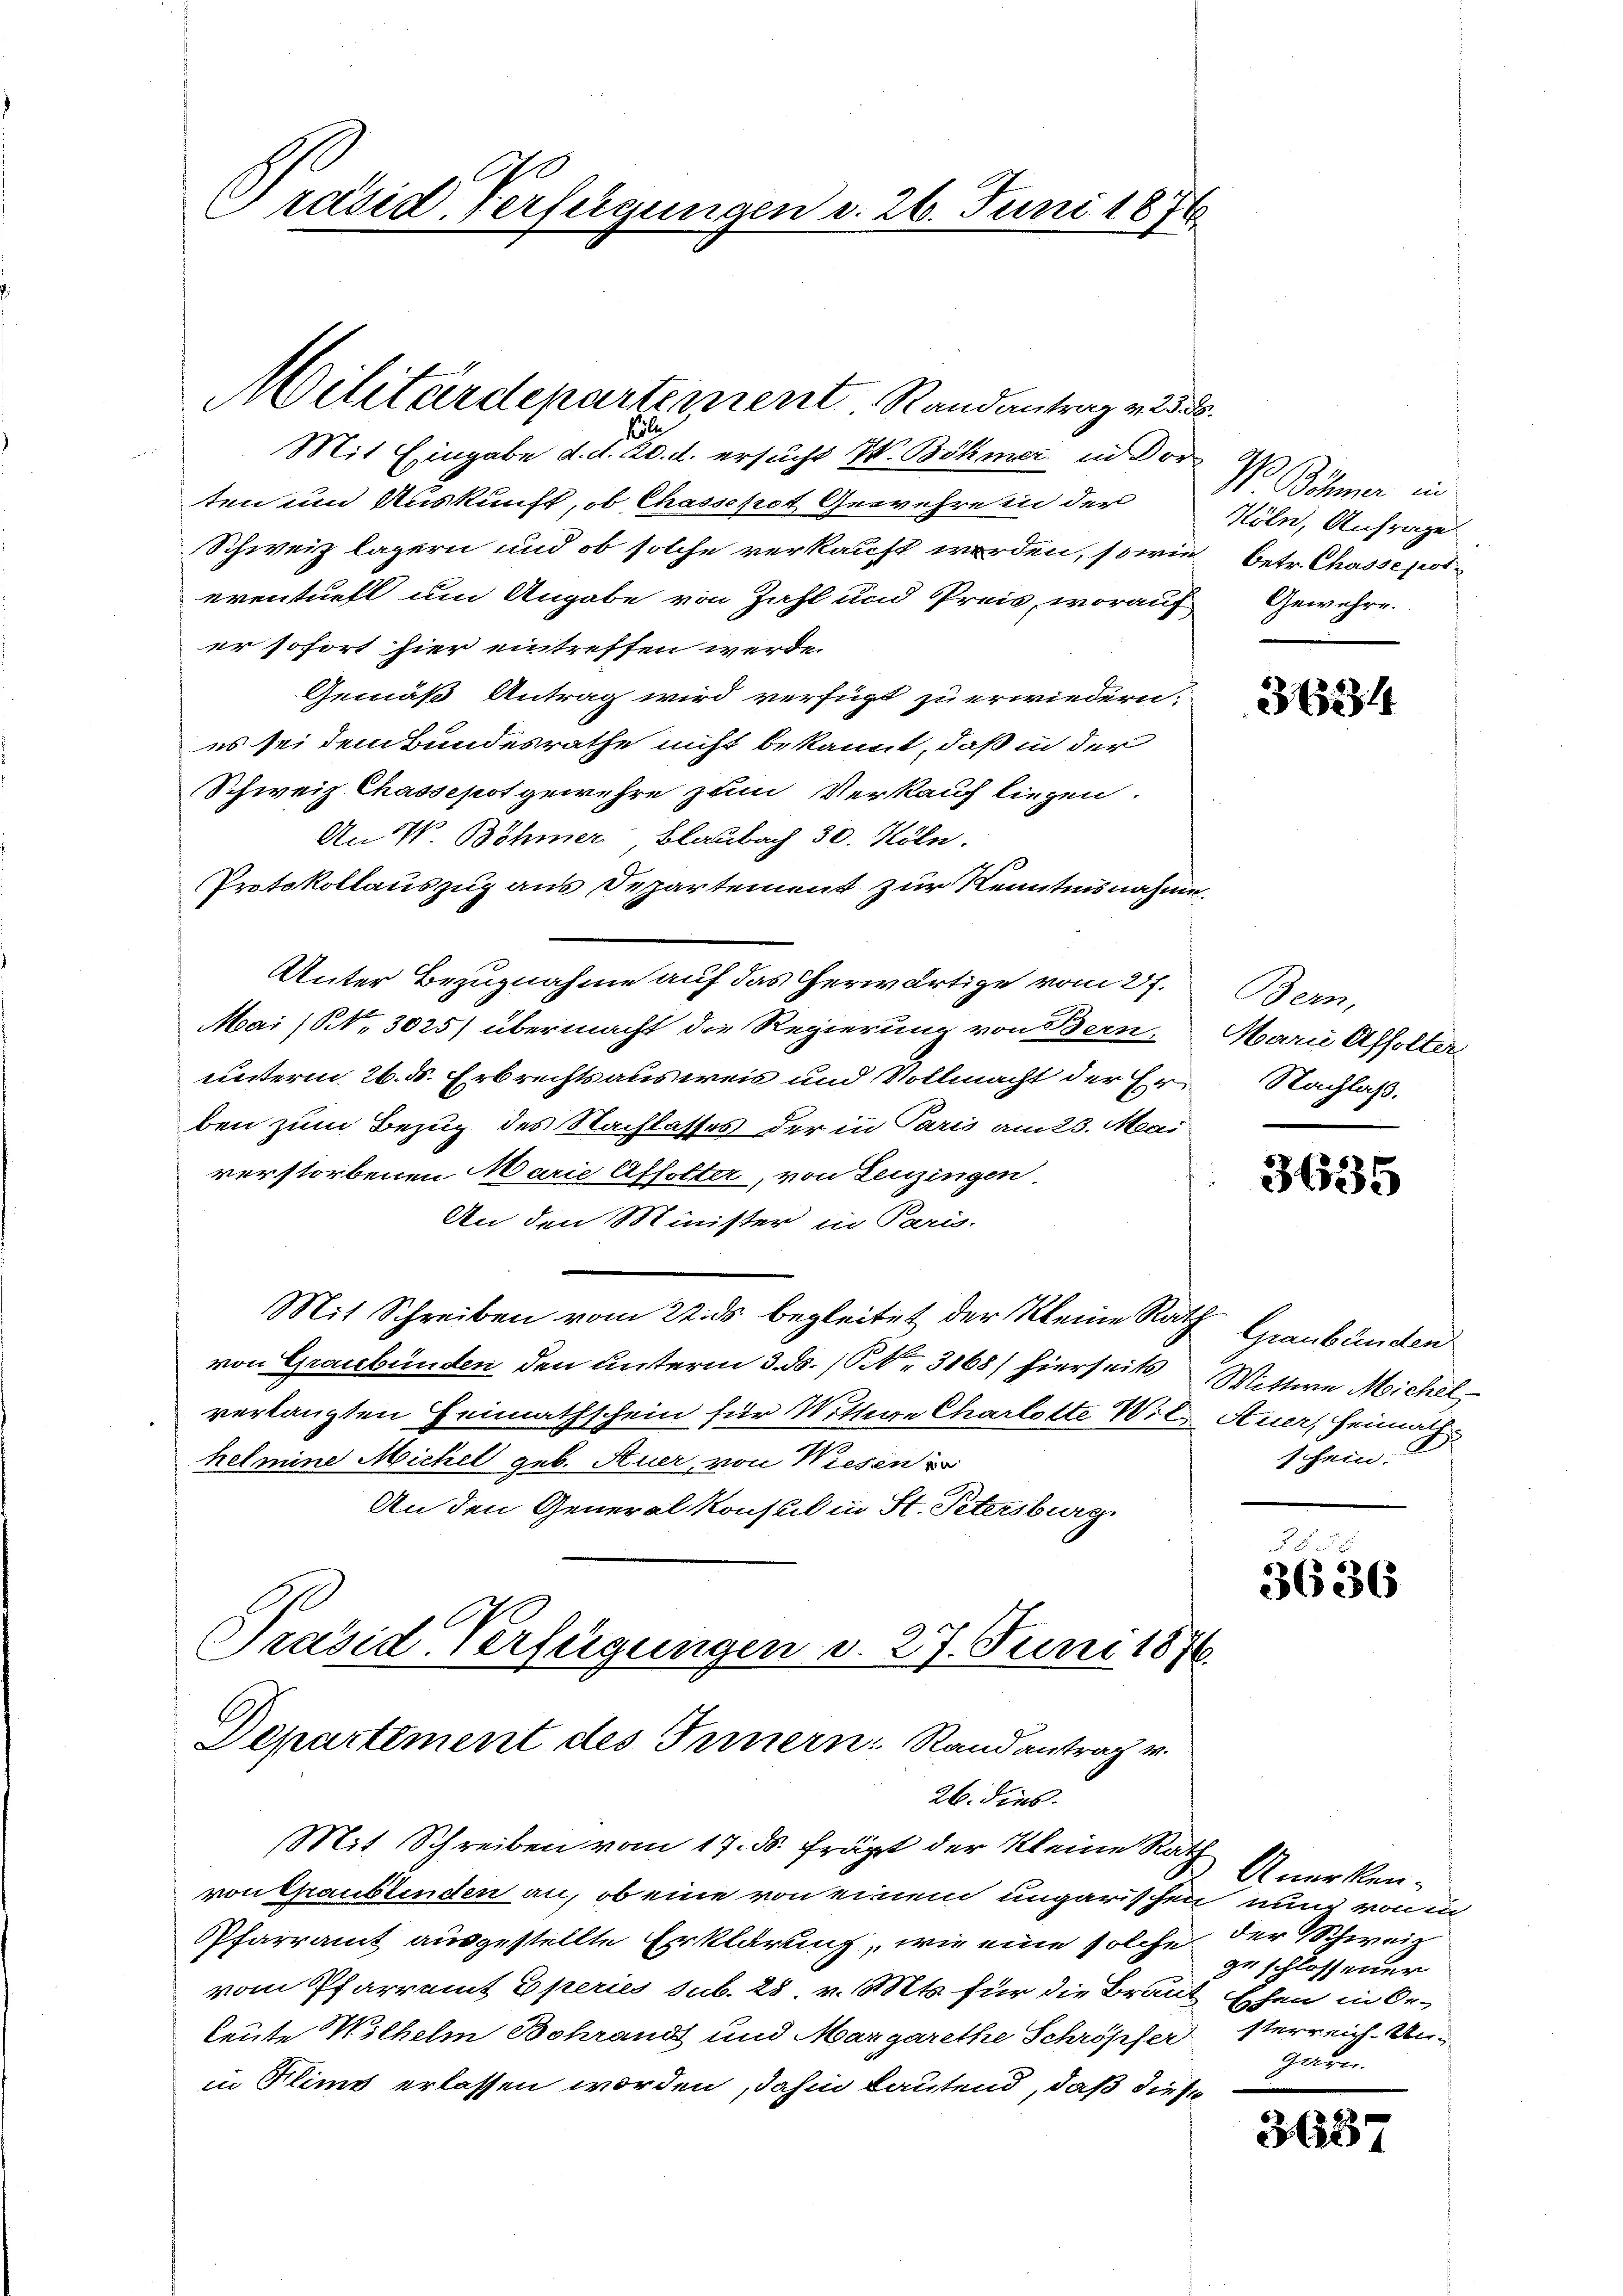
670
Präsid. Verfügungen d. 26. Juni 1876

Militärdepartement Randantrag v. 238.

Pili
Mit Eingabe d. d. 20. d. ersucht IV. Böhmer in Dor
ten und Auskunft, ob Chasschot Gewehre in der
Schweiz lagern und ob solche verkauft werden, sowie betr. Chasse pot¬
eventuell um Angabe von Zahl und Preis, worauf Gewehre.
er sofort hier eintreffen werde.
Gemäß Antrag wird verfügt zu erwiedern:
es sei dem Bundesrathe nicht bekannt, daß in der
Schweiz Chassepot gewehre zum Verkauf liegen.
An V Böhmer, Blaubach 30. Köln.
Protokollauszug aus Departement zur Kenntnisnahme,
Unter Bezugnahme auf das Cherwärtige vom 27.
Mai (S. 3025) übermacht die Regierung von Bern,
unterm 26. ds. Erbrechtsausweis und Vollmacht der Erben zum Bezug des Nachlasses der in Paris am 23. Mai
verstorbenen Marie Affolter, von Leuzingen
An den Minister in Paris.
Mit Schreiben vom 22. ds begleitet der Kleine Rath
von Graubünden den unterm 3. ds. S. 3168) hierseits Wittwe Michelverlangten Heimathschein für Wittwe Charlotte Wil Auer, Heimath
helmine Michel geb. Auer von Wiesen
An den Generalkonsul in St. Petersburg.
Präsid. Verfügungen d. 27. Juni 1876.
Departement des Innern Randantrag v.
26. dies
Mit Schreiben vom 17. ds. frägt der Kleine Rath
von Chaubtenden an, ob eine von einem ungarischen nung von in
Pfarramt ausgestellte Erklärung, wie eine solche der Schweiz
vom Pfarramt Eperies sub. 28 v. Mts. für die Braut Ehen in Or-
leute Wilhelm Bohrand und Margarethe Schröpfer sterreich-Unin Flims erlassen worden, dahin lautend, daß diese

V Böhmer in
Köln, Anfrage

3234

Bern,
Marie Affolter
Nachlaß.

3635

Graubünden
schein.

3636

Anerken-
ze schlossener
garn.

3637